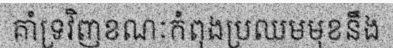
គាំទ្រវិញខណៈកំពុងប្រឈមមុខនឹង